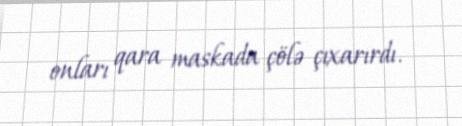
onları qara maskada çölə çıxarırdı.